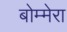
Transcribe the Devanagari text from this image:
बोम्मेरा